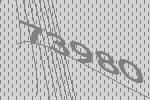
73980